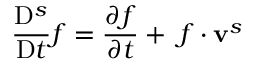
\frac { \mathrm { D } ^ { s } } { \mathrm { D } t } f = \frac { \partial f } { \partial t } + \mathbf { \nabla } f \cdot \mathbf { v } ^ { s }